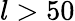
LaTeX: l>50